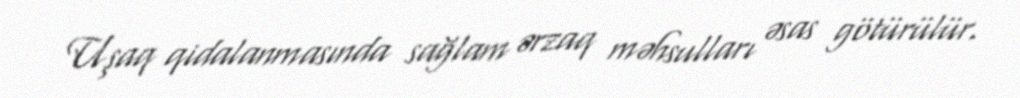
Uşaq qidalanmasında sağlam ərzaq məhsulları əsas götürülür.